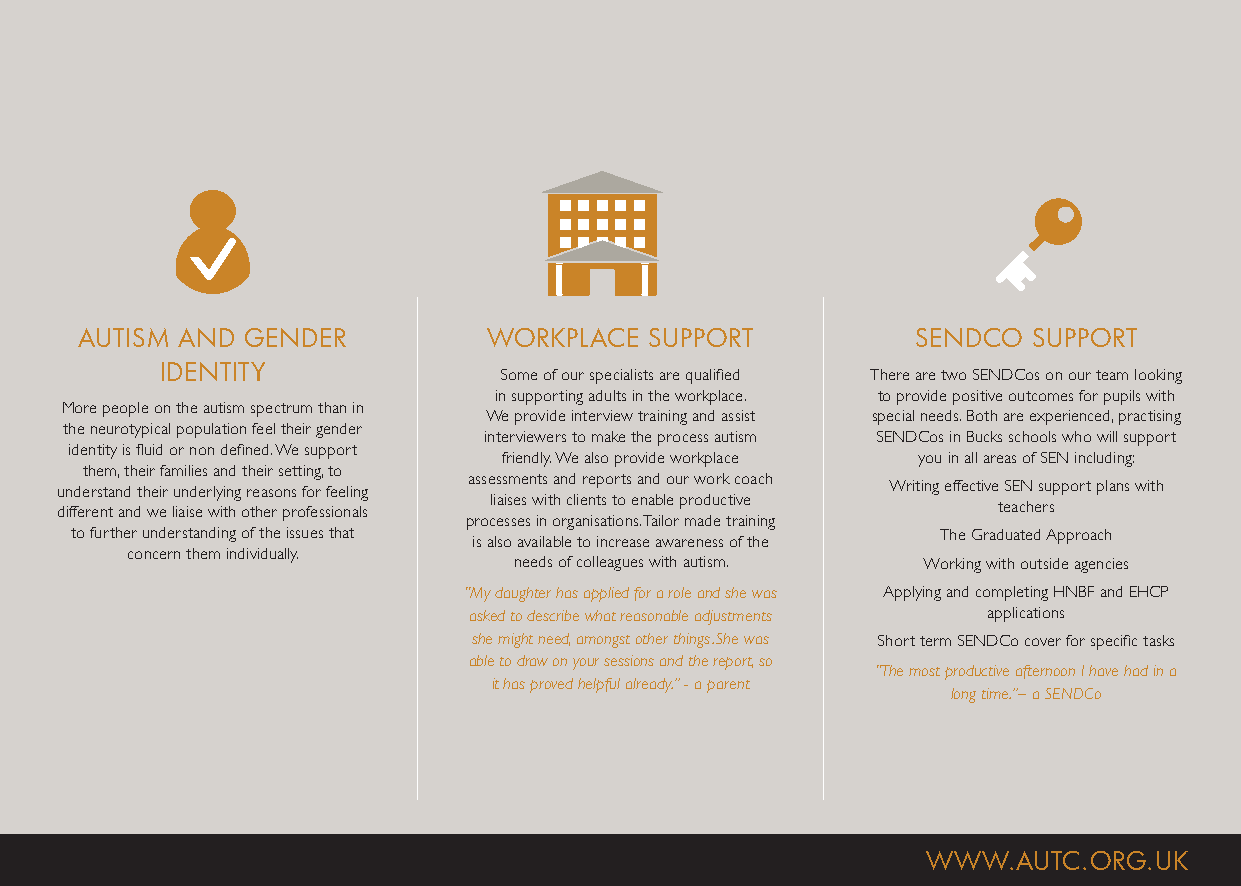
AUTISM AND GENDER          WORKPLACE  SUPPORT           SENDCO SUPPORT
 IDENTITY
 Some of our specialists are qualified There are two SENDCos on our team looking
 in supporting adults in the workplace. to provide positive outcomes for pupils with
 More people on the autism spectrum than in
 We provide interview training and assist special needs. Both are experienced, practising
 the neurotypical population feel their gender
 interviewers to make the process autism SENDCos in Bucks schools who will support
 identity is fluid or non defined. We support
 friendly. We also provide workplace you in all areas of SEN including:
 them, their families and their setting, to
 assessments and reports and our work coach
 understand their underlying reasons for feeling        Writing effective SEN support plans with
 liaises with clients to enable productive
 different and we liaise with other professionals              teachers
 processes in organisations. Tailor made training
 to further understanding of the issues that is also available to increase awareness of the The Graduated Approach
 concern them individually.
 needs of colleagues with autism. Working with outside agencies
 “My daughter has applied for a role and she was Applying and completing HNBF and EHCP
 asked to describe what reasonable adjustments applications
 she might need, amongst other things. She was Short term SENDCo cover for specific tasks
 able to draw on your sessions and the report, so
 “The most productive afternoon I have had in a
 it has proved helpful already.” - a parent
 long time.”– a SENDCo
 WWW.AUTC.ORG.UK